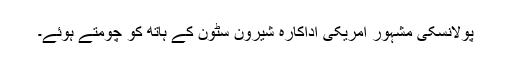
پولانسکی مشہور امریکی اداکارہ شیرون سٹون کے ہاتھ کو چومتے ہوئے۔